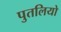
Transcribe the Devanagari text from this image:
पुतलियो